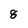
Character: 8